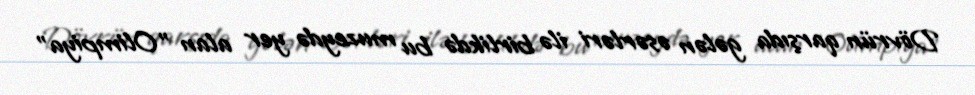
Dövrün qarşıda gələn əsərləri ilə birlikdə bu muzeydə yer alan "Olimpiya"